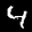
Label: 4